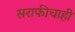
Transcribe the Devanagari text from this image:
सराफीचाही